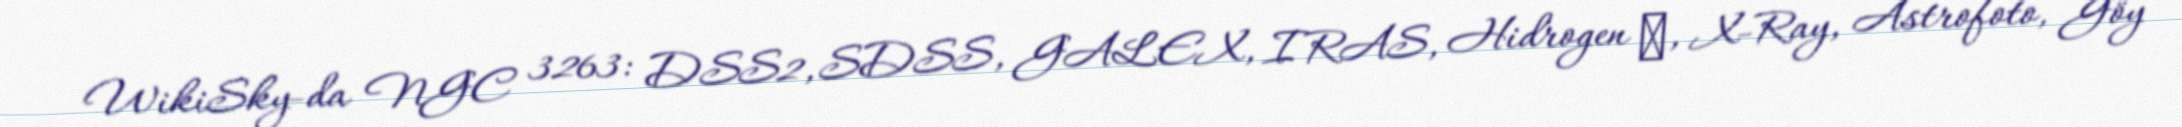
WikiSky-da NGC 3263: DSS2, SDSS, GALEX, IRAS, Hidrogen α, X-Ray, Astrofoto, Göy